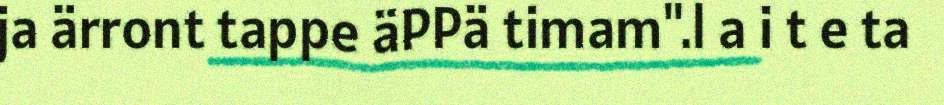
ja ärront tappe äPPä timam".l a i t e ta